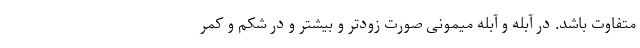
متفاوت باشد. در آبله و آبله میمونی صورت زودتر و بیشتر و در شکم و کمر